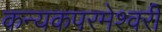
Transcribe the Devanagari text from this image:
कन्‍यकपरमेश्‍वरी